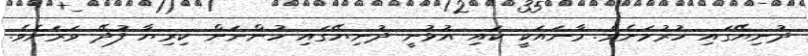
ދުނިޔޭގައި ހުރުމަށެވެ. މާނައަކީ ކައި އުޅުނީ ދުނިޔޭގައި ހުންނަން ކިރިޔާ ފުދޭ ވަރަށެވެ.